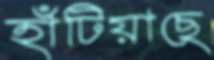
হাঁটিয়াছে